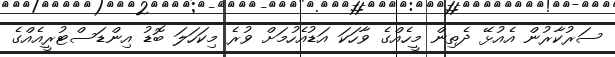
ސަރުކާރުން އެއުޅޭ ދެތިން މީހެއްގެ ވާހަކަ އަޑުއެހުމަށް ވުރެ މިކަހަލަ ބޮޑު އިންޑަސްޓުރީއެއްގެ